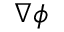
\boldsymbol { \nabla } \phi